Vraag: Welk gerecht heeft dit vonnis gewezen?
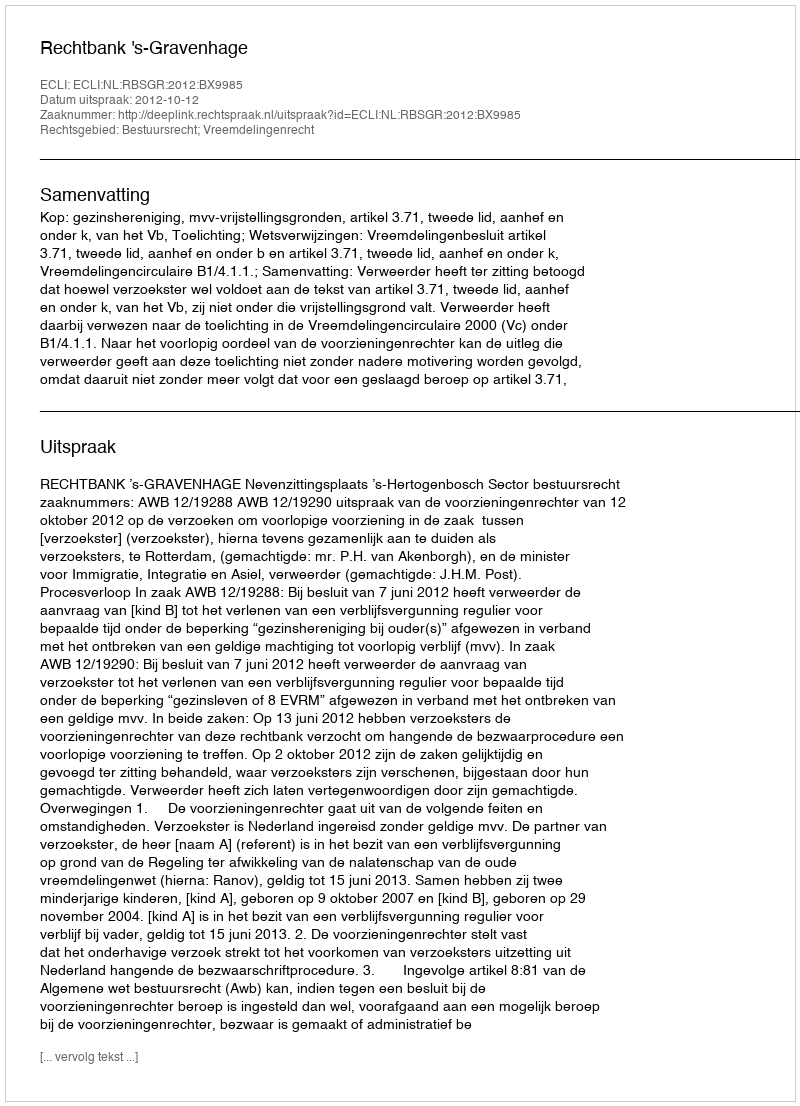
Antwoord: Rechtbank 's-Gravenhage